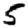
Digit: 5